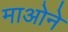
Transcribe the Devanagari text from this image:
माओने